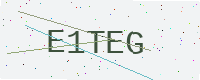
Text: E1TEG